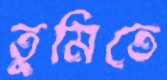
তুমিতে